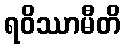
ရဝိဿာမီတိ